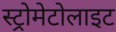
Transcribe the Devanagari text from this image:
स्ट्रोमेटोलाइट